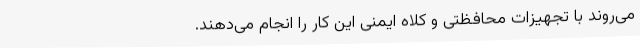
می‌روند با تجهیزات محافظتی و کلاه ایمنی این کار را انجام می‌دهند.